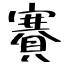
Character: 賽